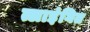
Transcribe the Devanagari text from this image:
त्लाइंगित